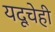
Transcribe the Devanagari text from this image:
यदूचेही